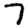
Digit: 7